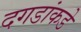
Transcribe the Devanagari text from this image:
दगडांकडे